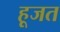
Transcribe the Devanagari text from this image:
हूजत